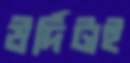
উর্দিটাই